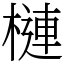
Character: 槤